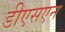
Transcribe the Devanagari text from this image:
डीएसएन